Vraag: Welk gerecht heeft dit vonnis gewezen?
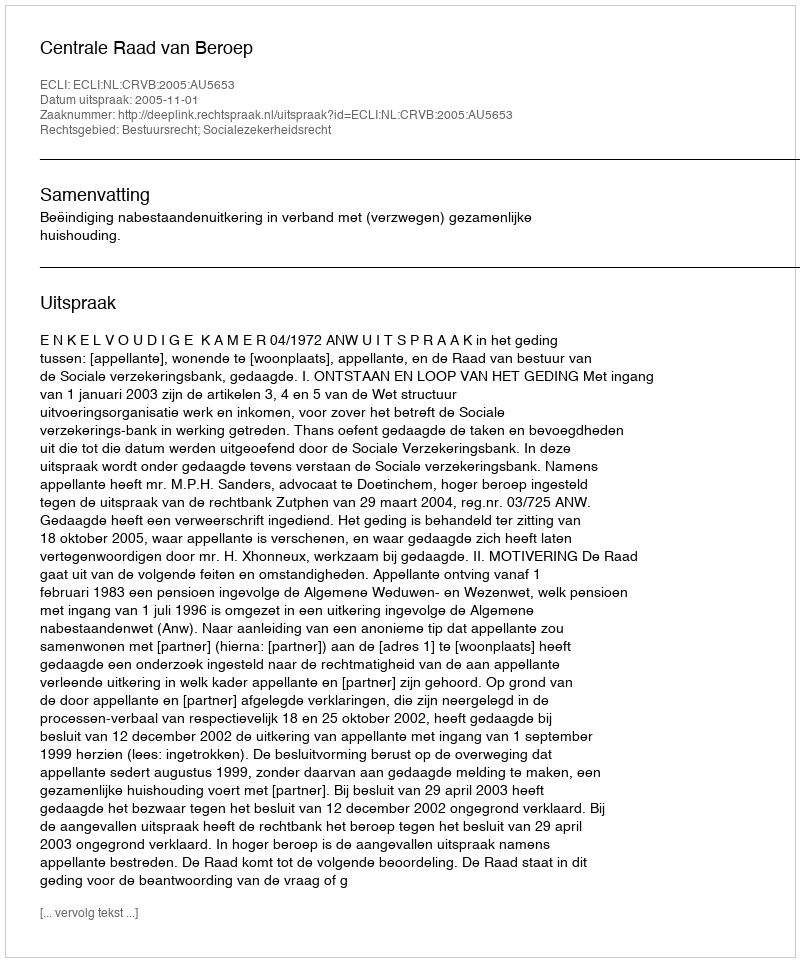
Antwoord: Centrale Raad van Beroep